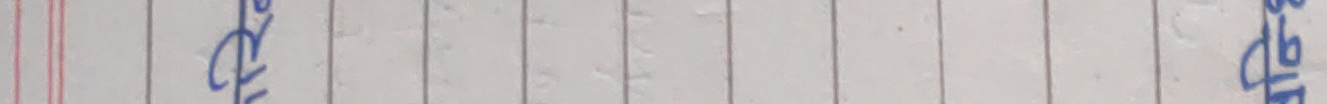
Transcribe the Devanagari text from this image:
वेला